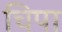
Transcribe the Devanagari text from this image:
चिपा